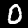
Digit: 0